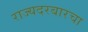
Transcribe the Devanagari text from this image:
राज्यदरबारचा